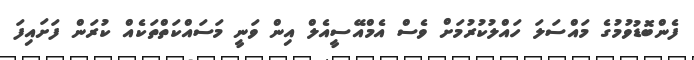
ފެންބޮޑުވުމުގެ މައްސަލަ ހައްލުކުރުމަށް ވެސް އެމްއޭސީއެލް އިން ވަނީ މަސައްކަތްތަކެއް ކުރަން ފަށައިފަ